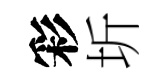
彩圻